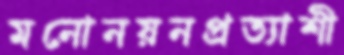
মনোনয়নপ্রত্যাশী